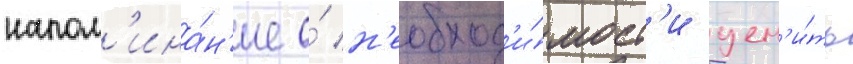
напом'ина́н'ие о́ н'еобход'и́мост'и цен'и́ть